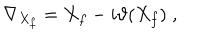
\nabla _ { X _ { f } } = X _ { f } - i \vartheta ( X _ { f } ) \; ,